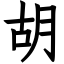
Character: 胡